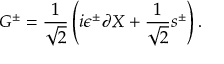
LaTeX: G ^ { \pm } = { \frac { 1 } { \sqrt 2 } } \left( i \epsilon ^ { \pm } \partial X + { \frac { 1 } { \sqrt 2 } } s ^ { \pm } \right) .